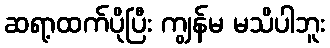
ဆရာ့ထက်ပိုပြီး ကျွန်မ မသိပါဘူး